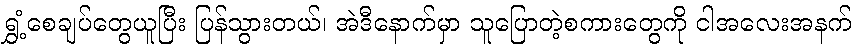
ရွှံ့စေချပ်တွေယူပြီး ပြန်သွားတယ်၊ အဲဒီနောက်မှာ သူပြောတဲ့စကားတွေကို ငါအလေးအနက်